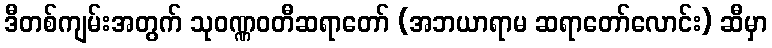
ဒီတစ်ကျမ်းအတွက် သုဝဏ္ဏဝတီဆရာတော် (အဘယာရာမ ဆရာတော်လောင်း) ဆီမှာ